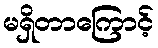
မရှိတာကြောင့်